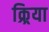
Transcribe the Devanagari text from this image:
क्र्रिया